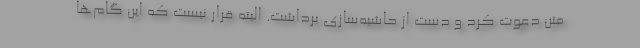
متن دعوت کرد و دست از حاشیه‌سازی برداشت. البته قرار نیست که این گام‌ها